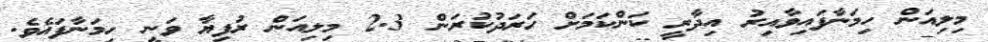
މިލިއަން ހިމަނާފައިވާއިރު އިދާރީ ކަންކަމަށް ހަރަދުކުރަން 2.3 މިލިއަން ރުފިޔާ ވަނީ ހިމަނާފައެވެ.